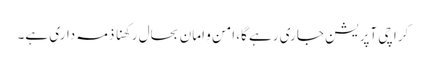
کراچی آپریشن جاری رہے گا، امن و امان بحال رکھنا ذمہ داری ہے۔